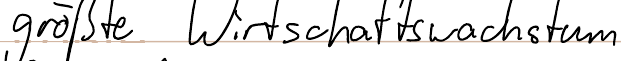
größte Wirtschaftswachstum